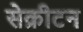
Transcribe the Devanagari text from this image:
सेक्रीटन